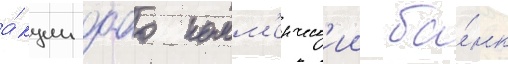
а́кции оао комм'ерческ'ии ба́нк